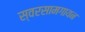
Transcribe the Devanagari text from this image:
स्वरसामगायन